Report on vaccination in the Province of Bengal - 1869-1873
Year: 1869
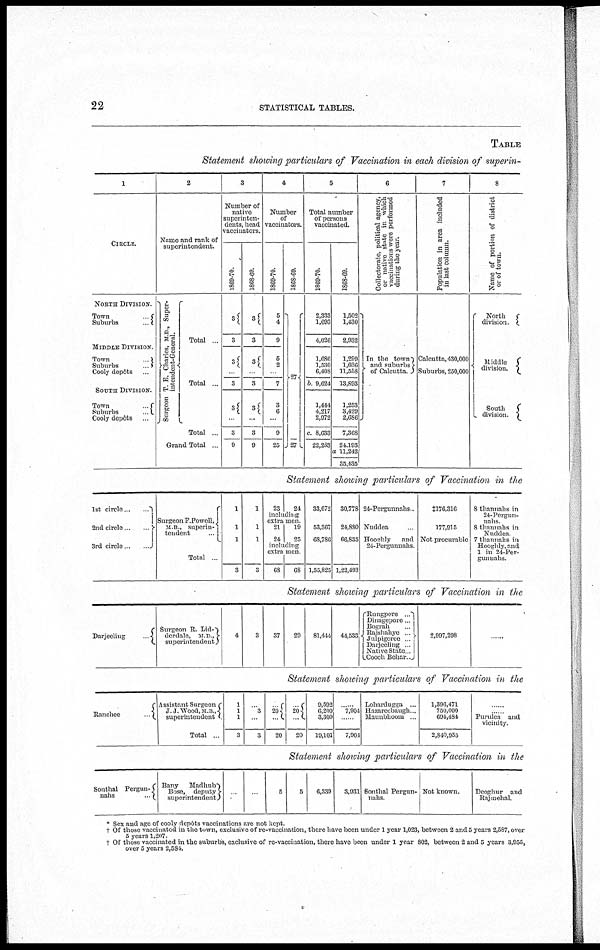
22
STATISTICAL TABLES.
TABLE
Statement showing particulars of Vaccination in each division of superin-
1
CIRCLE.
NORTH DIVISION
Town
Suburbs
..
MIDDLE DIVISION.
Town
Suburbs
Cooly depôts ...
SOUTH DIVISION.
Town
Suburbs
Cooly depôts ...
2
Name and rank of
superintendent.
Surgeon T. E. Charles, M.D., Super-
intendent-General.
Total ...
Total ...
Total
Grand Total
3
Number of
native
superinten-
dents, head
vaccinators.
1869-70.
3
3
3
...
3
3
3
9
1868-69.
3
3
3
...
3
3
...
3
9
4
Number
of
vaccinators.
1869-70.
5
4
9
5
2
...
7
3
6
...
9
25
1868-69.
27
27
5
Total number
of persons
vaccinated.
1869-70.
2,333
1,693
4,026
1,686
1,530
6,408
b. 9,624
1,444
4,217
2,972
c. 8,633
22,283
1868-69.
1,502
1,430
2,932
1,299
1,036
11,558
13,893
1,253
3,429
2,686
7,368
24,193
a 11,242
35,435
6
Collectorate, political agency,
or native state in which
vaccinations were performed
during the year.
In the town
and suburbs
of Calcutta.
7
Population in area included
in last column.
Calcutta, 430,000
Suburbs, 250,000
8
Name of portion of district
or of town.
North
division
Middle
division.
South
division.
Statement showing particulars of Vaccination in the
1st circle ... ...
2nd circle ... ...
3rd circle ... ...
Surgeon F Powell,
M B , superin¬
tendent
Total .
1
1
1
3
1
1
1
3
23 24
including
extra men
21
24
19
25
including
extra men.
68
68
33,672
53,367
68,786
1,55,825
30,778
24,880
66,835
1,22,493
24-Pergunnahs.
Nuddea
Hooghly
and
24-Pergunnahs.
‡176,316
177,915
Not procurable
8 thannahs in
24-Pergun-
nahs
8 thannahs in
Nuddea.
7 thannahs in
Hooghly, and
1 in 24-Per¬
gunuahs.
Statement showing particulars of Vaccination in the
Darjeeling
.
Surgeon R. Lid¬
derdale, M D ,
superintendent
4
3
37
29
81,444 44,533
Rungpore .
Dinagepore .
Bograh
Rajshahye
Julpigoree Darjeeling
Native State
Cooch Behar.
2,997,298
....
Statement showing particulars of Vaccination in the
Ranchee .
Assistant Surgeon
J J Wood.M.B,
superintendent
Total
1
1
1
3
...
3
...
3
... 20
...
20
... 20
...
20
9,592
6,200
3,309
19,101
...
7,904
...
7,904
Lohardugga ...
Hazareebaugh .
Maunbhoom
1,396,471
750,000
694,484
2,840,955
Purulea and
vicimty
Statement showing particulars of Vaccination in the
Sonthal Pergun¬
nahs ...
Bany
Madhub
Bose, deputy
superintendent
... ...
5
5
6,339
3,931 Sonthal Pergun¬
nahs.
Not known.
Deoghur and
Rajmehal.
* Sex and age of cooly depôts vaccinations are not kept
† Of those vaccinated in the town, exclusive of re-vaccination, there have been under 1 year 1,023, between 2 and 5 years 2,587, over
5 years 1,207.
† Of those vaccinated in the suburbs, exclusive of re-vaccination, there have been under 1 year 802, between 2 and 5 years 3,955,
over 5 years 2,584.